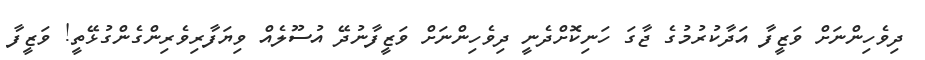
ދިވެހިންނަށް ވަޒީފާ އަދާކުރުމުގެ ޖާގަ ހަނިކޮށްދެނީ ދިވެހިންނަށް ވަޒީފާނުދޭ އުސޫލެއް ވިޔަފާރިވެރިންގެންގުޅޭތީ! ވަޒީފާ